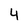
Character: 4